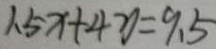
1 . 5 x + 4 y = 9 . 5